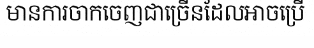
មានការចាកចេញជាច្រើនដែលអាចប្រើ